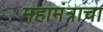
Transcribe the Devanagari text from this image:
महामंत्राचा